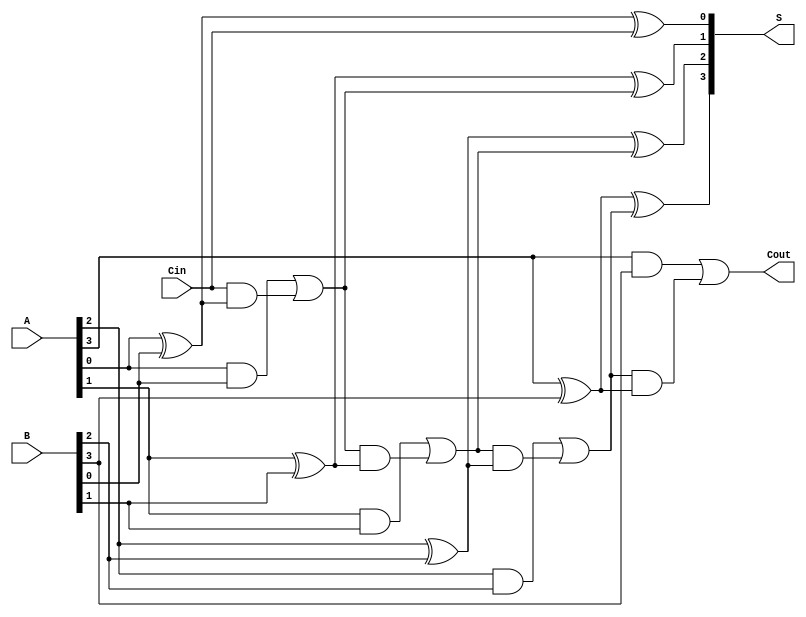
module ManchesterCarryChainAdder #(
    parameter N = 4  // Width of the adder (number of bits)
)(
    input  wire [N-1:0] A,    // First operand
    input  wire [N-1:0] B,    // Second operand
    input  wire Cin,           // Carry-in
    output wire [N-1:0] S,     // Sum output
    output wire Cout           // Carry-out
);

    wire [N:0] C; // Carry array, C[0] is Cin, C[N] is Cout

    assign C[0] = Cin; // Initial carry-in

    genvar i;
    generate
        for (i = 0; i < N; i = i + 1) begin : carry_chain
            // Sum calculation
            assign S[i] = A[i] ^ B[i] ^ C[i];

            // Carry calculation
            assign C[i + 1] = (A[i] & B[i]) | (C[i] & (A[i] ^ B[i]));
        end
    endgenerate

    assign Cout = C[N]; // Final carry-out

endmodule